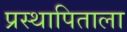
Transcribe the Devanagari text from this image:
प्रस्थापिताला